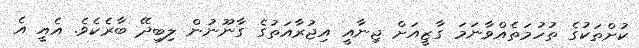
ކުށްތަކުގެ ތުހުމަތެއްވާނަމަ ގާޒީއަށް ޖިނާއީ އިޖުރާއަތުގެ ގާނޫނުން ލިބިދޭ ބާރެކެވެ. އެއީ އެ